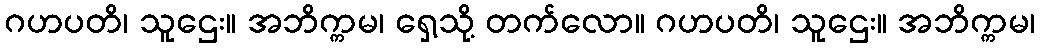
ဂဟပတိ၊ သူဌေး။ အဘိက္ကမ၊ ရှေ့သို့ တက်လော။ ဂဟပတိ၊ သူဌေး။ အဘိက္ကမ၊